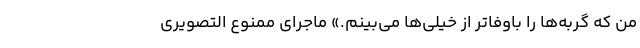
من که گربه‌ها را باوفاتر از خیلی‌ها می‌بینم.» ماجرای ممنوع التصویری